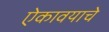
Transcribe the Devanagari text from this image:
ऐकावयाचे